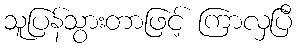
သူပြန်သွားတာဖြင့် ကြာလှပြီ